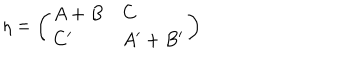
\eta = \left( \begin{array} { l l } { { A + B } } & { { C } } \\ { { C ^ { \prime } } } & { { A ^ { \prime } + B ^ { \prime } } } \\ \end{array} \right)